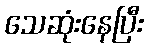
သေဆုံးနေပြီး